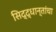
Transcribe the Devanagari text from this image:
सिद्द्धान्तांचा